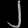
Digit: ၂